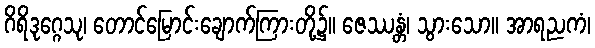
ဂိရိဒုဂ္ဂေသု၊ တောင်မြောင်းချောက်ကြားတို့၌။ ဇေဿန္တံ၊ သွားသော။ အာရညကံ၊